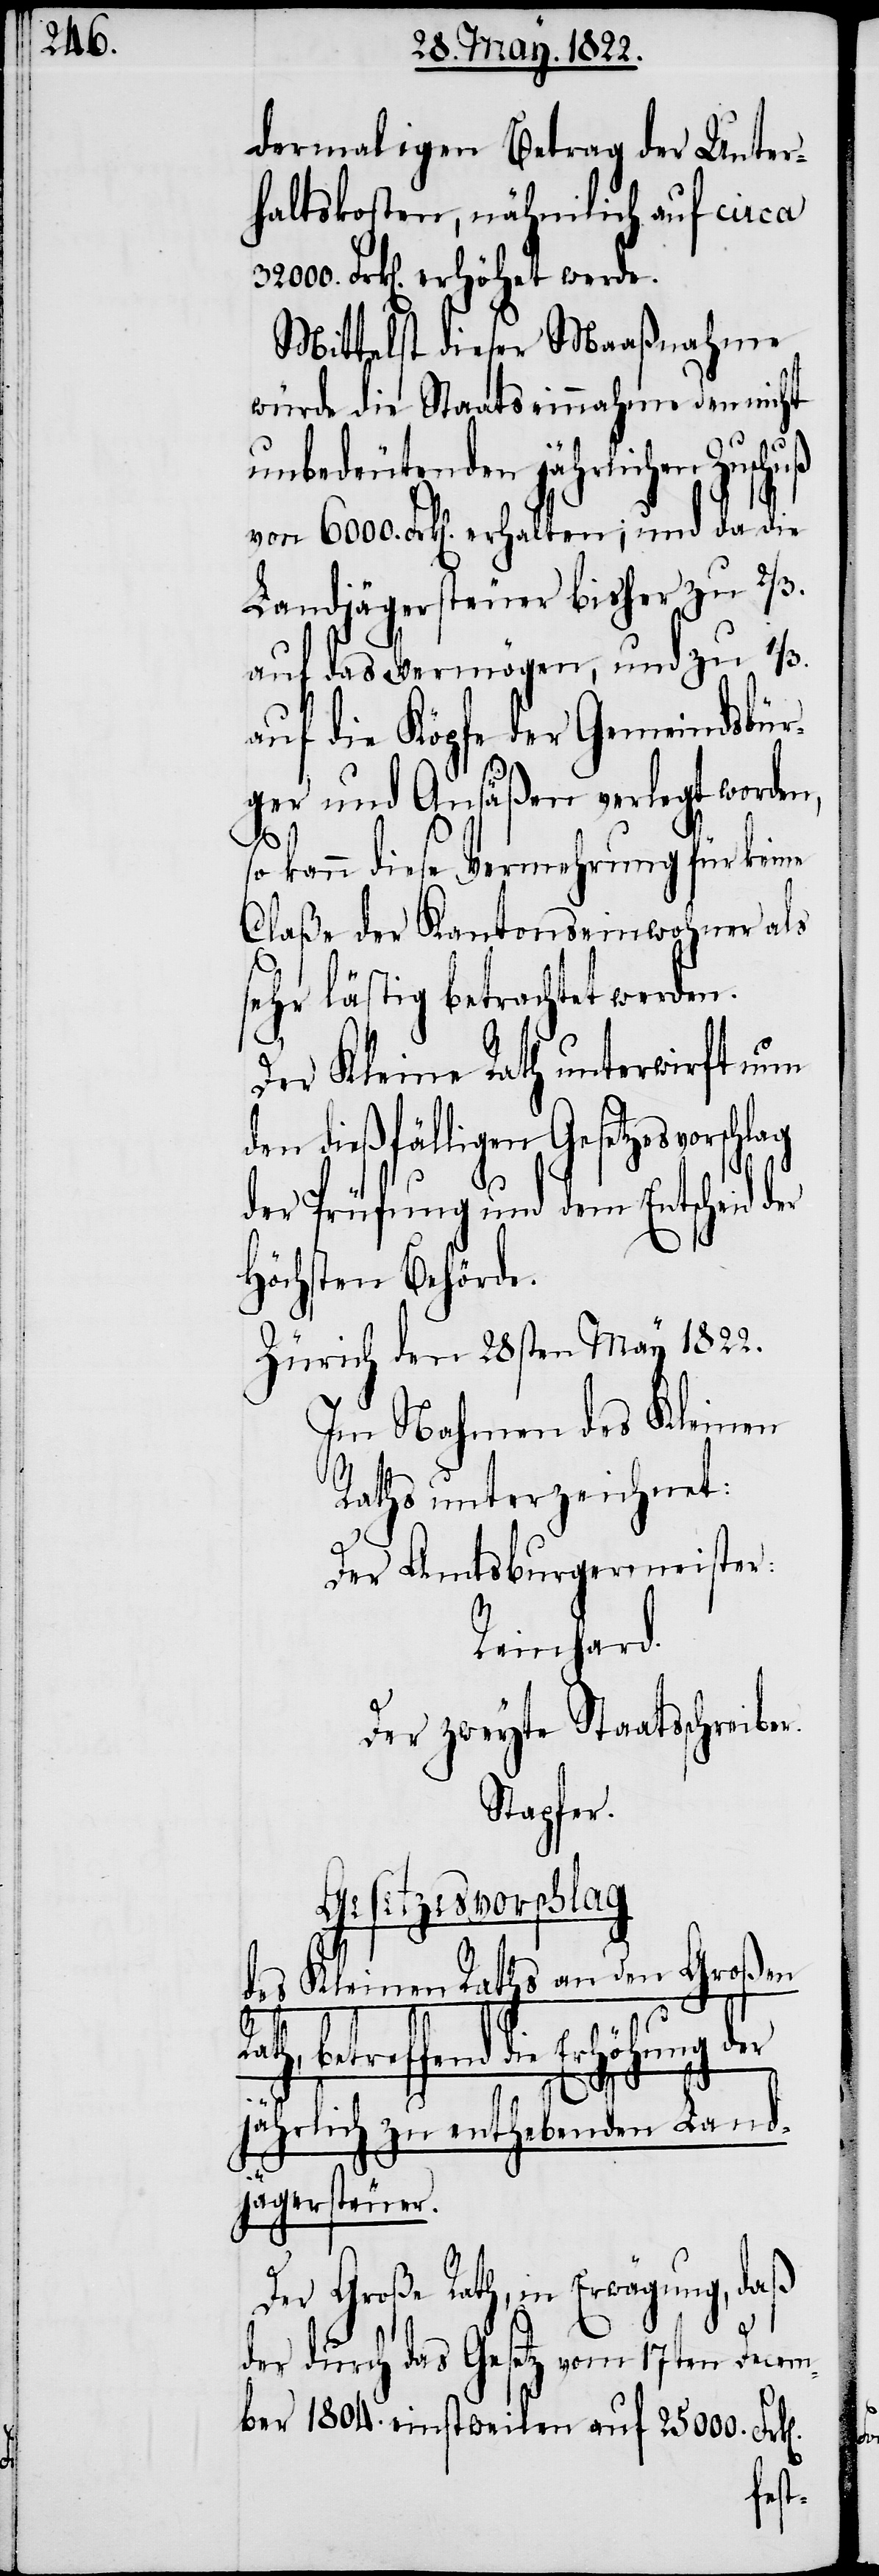
dermaligen Betrag der Unter¬
haltskosten, nämlich auf circa
32000. Frk[en]. erhöhet werde.
Mittelst dieser Maaßnahme
würde die Staatseinnahme den nicht
unbedeutenden jährlichen Zuschuß
von 6000. Frk[en]. erhalten; und da die
Landjägersteuer bisher zu 2/3.
auf das Vermögen, und zu 1/3.
auf die Köpfe der Gemeindsbür¬
ger und Ansäßen verlegt worden,
so kann diese Vermehrung für keine
Claße der Kantonseinwohner als
sehr lästig betrachtet werden.
Der Kleine Rath unterwirft nun
den dießfälligen Gesetzesvorschlag
der Prüfung und dem Entscheid
höchsten Behörde.
Zürich den 28sten May 1822.
In Nahmen des Kleinen
Raths unterzeichnet:
Der Amtsburgermeister:
Reinhard.
Der zweyte Staatsschreiber.
Stapfer.
Gesetzesvorschlag
des Kleinen Rathes an den Großen
betreffend die Erhöhung
jährlich zu enthebenden Land¬
jägersteuer.
Der Große Rath, in Erwägung, daß
der durch das Gesetz vom 17ten Decem¬
ber 1804. einstweilen auf 25000. Fr¬
k[en].